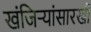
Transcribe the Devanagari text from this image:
खंजिऱ्यांसारखी